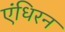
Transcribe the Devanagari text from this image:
एंधिरन